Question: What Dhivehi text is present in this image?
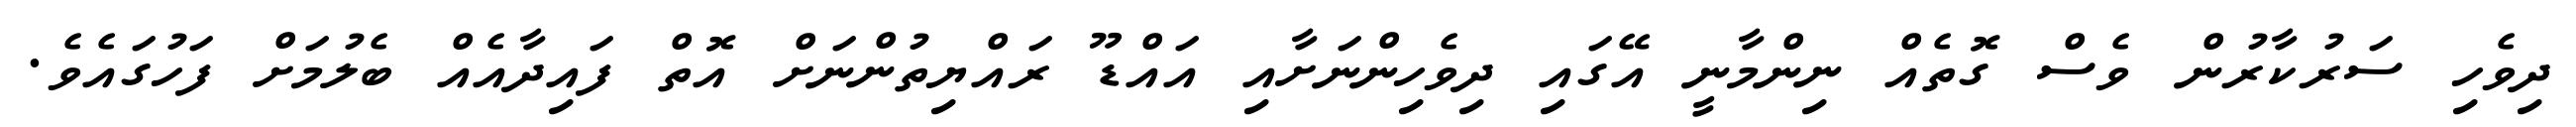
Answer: ދިވެހި ސަރުކާރުން ވެސް ގޮތެއް ނިންމާނީ އޭގައި ދިވެހިންނަށާއި އައްޑޫ ރައްޔިތުންނަށް އޮތް ފައިދާއެއް ބެލުމަށް ފަހުގައެވެ.